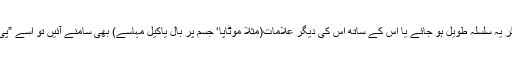
جب ماہانہ ایام کا نظام شروع ہوتا ہے تو اس میں بے قاعدگی ہو سکتی ہے لیکن اگر یہ سلسلہ طویل ہو جائے یا اس کے ساتھ اس کی دیگر علامات(مثلاً موٹاپا‘ جسم پر بال یاکیل مہاسے) بھی سامنے آئیں تو اسے ”پی سی او ایس “ کے تناظر میں بھی دیکھ لینا چاہئے اور ڈاکٹر کے پاس جانا چاہئے۔